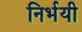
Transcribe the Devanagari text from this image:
निर्भयी